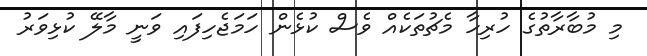
މި މުބާރާތުގެ ހުރިހާ މެޗުތަކެއް ވެސް ކުޅެން ހަމަޖެހިފައި ވަނީ މާލޭ ކުޅިވަރު